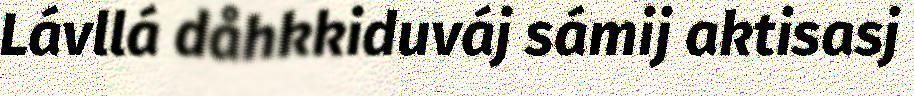
Lávllá dåhkkiduváj sámij aktisasj